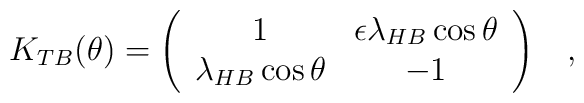
K_{TB}(\theta)=\left( \begin{array}{cc}1& \epsilon\lambda_{HB}\cos\theta \\\lambda_{HB} \cos\theta & -1\end{array}  \right)\;\;\;,